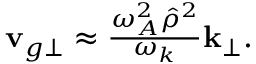
\begin{array} { r } { \mathbf { v } _ { g \perp } \approx \frac { \omega _ { A } ^ { 2 } \hat { \rho } ^ { 2 } } { \omega _ { k } } \mathbf { k } _ { \perp } . } \end{array}